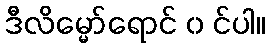
ဒီလိမ္မော်ရောင် ၀ င်ပါ။